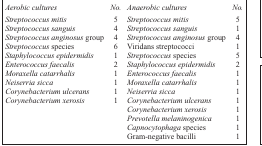
<table><thead><tr><td><b><i>Aerobic cultures</i></b></td><td><b><i>No.</i></b></td><td><b><i>Anaerobic cultures</i></b></td><td><b><i>No.</i></b></td></tr></thead><tbody><tr><td><i>Streptococcus mitis</i></td><td>5</td><td><i>Streptococcus mitis</i></td><td>5</td></tr><tr><td><i>Streptococcus sanguis</i></td><td>4</td><td><i>Streptococcus sanguis</i></td><td>1</td></tr><tr><td><i>Streptococcus anginosus</i> group</td><td>4</td><td><i>Streptococcus anginosus</i> group</td><td>4</td></tr><tr><td><i>Streptococcus</i> species</td><td>6</td><td>Viridans streptococci</td><td>1</td></tr><tr><td><i>Staphylococcus epidermidis</i></td><td>1</td><td><i>Streptococcus</i> species</td><td>5</td></tr><tr><td><i>Enterococcus faecalis</i></td><td>2</td><td><i>Staphylococcus epidermidis</i></td><td>2</td></tr><tr><td><i>Moraxella catarrhalis</i></td><td>1</td><td><i>Enterococcus faecalis</i></td><td>1</td></tr><tr><td><i>Neiserria sicca</i></td><td>1</td><td><i>Moraxella catarrhalis</i></td><td>1</td></tr><tr><td><i>Corynebacterium ulcerans</i></td><td>1</td><td><i>Neiserria sicca</i></td><td>1</td></tr><tr><td><i>Corynebacterium xerosis</i></td><td>1</td><td><i>Corynebacterium ulcerans</i></td><td>1</td></tr><tr><td></td><td></td><td><i>Corynebacterium xerosis</i></td><td>1</td></tr><tr><td></td><td></td><td><i>Prevotella melaninogenica</i></td><td>1</td></tr><tr><td></td><td></td><td><i>Capnocytophaga</i> species</td><td>1</td></tr><tr><td></td><td></td><td>Gram-negative bacilli</td><td>1</td></tr></tbody></table>